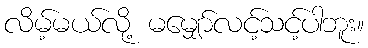
လိမ့်မယ်လို့ မမျှော်လင့်သင့်ပါဘူး။